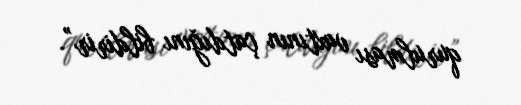
qurulması vaxtının çatdığını bildirir”.